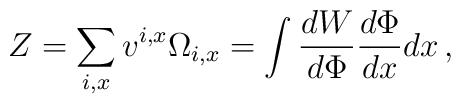
Z=\sum_{i,x} v^{i,x} \Omega_{i,x}=\int \frac{dW}{d\Phi}\frac{d\Phi}{dx}dx\,,